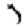
Digit: 7